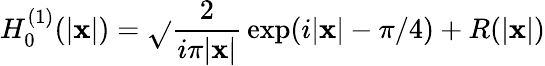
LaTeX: H_{0}^{(1)}(\vert\mathbf{x}\vert)=\sqrt{}{{\frac{{2}}{{i\pi\vert\mathbf{x}\vert}}}}\exp(i\vert\mathbf{x}\vert-\pi/4)+R(\vert\mathbf{x}\vert)